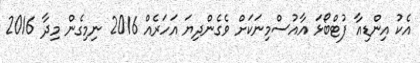
އެކު އިންޑިއާ ފުޓްބޯޅަ އާއުސްމިނަކަށް ވެގެންދިޔަ އަހަރެއް 2016 ނިމިގެން މިދާ 2016